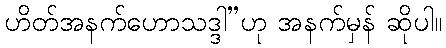
ဟိတ်အနက်ဟောသဒ္ဒါ”ဟု အနက်မှန် ဆိုပါ။